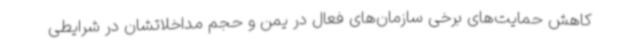
کاهش حمایت‌های برخی سازمان‌های فعال در یمن و حجم مداخلاتشان در شرایطی